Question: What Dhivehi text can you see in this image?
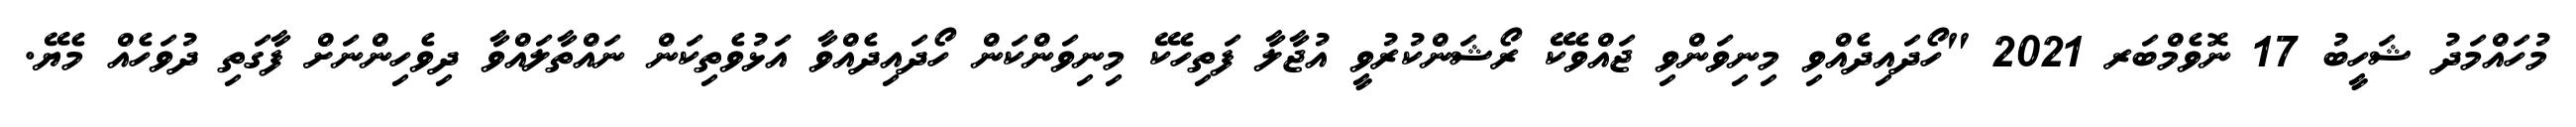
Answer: މުހައްމަދު ޝަހީބު 17 ނޮވެމްބަރ 2021 "ހޯދައިދެއްވި މިނިވަންވި ޖައްވެކޭ ރޯޝަންކުރުވީ އުޖާލާ ފަތިހެކޭ މިނިވަންކަން ހޯދައިދެއްވާ އަޅުވެތިކަން ނައްތާލައްވާ ދިވެހިންނަށް ފާގަތި ދުވަހެއް މެޔޭ.